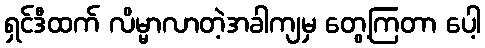
ရှင်ဒီထက် လိမ္မာလာတဲ့အခါကျမှ တွေ့ကြတာ ပေါ့